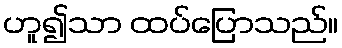
ဟူ၍သာ ထပ်ပြောသည်။